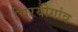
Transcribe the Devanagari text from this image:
चिरयीगांव